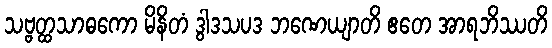
သဗ္ဗတ္ထသာဓကော မိနိတံ ဒွါဒသပဒ ဘဏေယျာတိ ဧတေ အာရဘိဿတိ